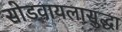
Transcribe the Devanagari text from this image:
सोडवायलासुद्धा